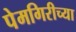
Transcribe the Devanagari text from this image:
पेमगिरीच्या